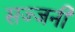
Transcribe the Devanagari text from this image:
सज्जनी